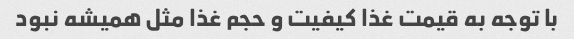
با توجه به قیمت غذا کیفیت و حجم غذا مثل همیشه نبود